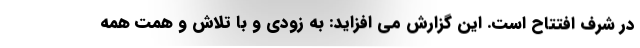
در شرف افتتاح است. این گزارش می افزاید: به زودی و با تلاش و همت همه